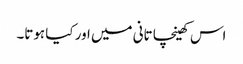
اس کھینچا تانی میں اور کیا ہوتا۔